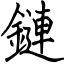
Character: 鏈